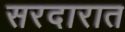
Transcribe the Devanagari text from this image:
सरदारात